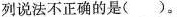
列说法不正确的是()。